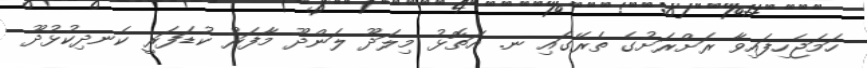
ހަމަޖެހިފައިވާ ރަށްރަށުގެ ތެރޭގައި ނ. އަތޮޅު މިލަދޫ ލަންދޫ މާފަރު ކުޑަފަރީ ކެނދިކުޅުދޫ